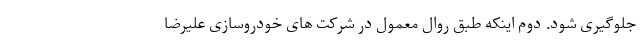
جلوگیری شود. دوم اینکه طبق روال معمول در شرکت های خودروسازی علیرضا